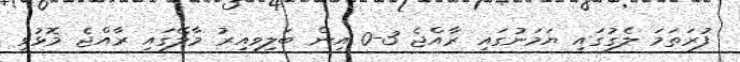
ފުރަތަމަ ލެގުގައި ޔަމަނުގައި ރާއްޖެ 3-0 އިން ބަލިވިއިރު މާލޭގައި ރާއްޖެ މޮޅުވީ